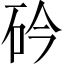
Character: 砛